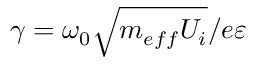
\gamma = \omega _ { 0 } \sqrt { m _ { e f f } U _ { i } } / e \varepsilon